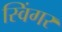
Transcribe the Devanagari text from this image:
स्विंगर